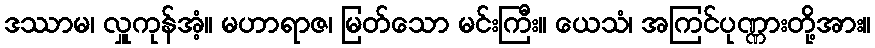
ဒဿာမ၊ လှူကုန်အံ့။ မဟာရာဇ၊ မြတ်သော မင်းကြီး။ ယေသံ၊ အကြင်ပုဏ္ဏားတို့အား။